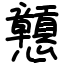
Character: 戅